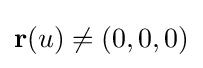
\mathbf {r} (u)\neq (0,0,0)